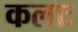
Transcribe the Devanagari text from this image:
कलाः